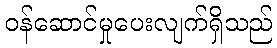
ဝန်ဆောင်မှုပေးလျက်ရှိသည်